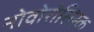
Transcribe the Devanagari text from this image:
नोवोरोसिस्क